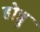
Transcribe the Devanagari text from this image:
होन्नु